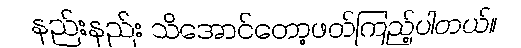
နည်းနည်း သိအောင်တော့ဖတ်ကြည့်ပါတယ်။